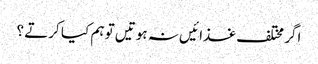
اگر مختلف غذا ئیں نہ ہوتیں تو ہم کیا کرتے ؟